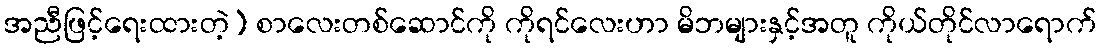
အညီဖြင့်ရေးထားတဲ့) စာလေးတစ်ဆောင်ကို ကိုရင်လေးဟာ မိဘများနှင့်အတူ ကိုယ်တိုင်လာရောက်